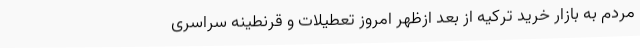
مردم به بازار خرید ترکیه از بعد ازظهر امروز تعطیلات و قرنطینه سراسری